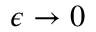
\epsilon \rightarrow 0